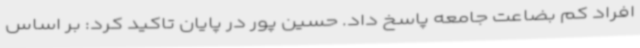
افراد کم بضاعت جامعه پاسخ داد. حسین پور در پایان تاکید کرد: بر اساس